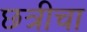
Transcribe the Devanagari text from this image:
छत्रीचा